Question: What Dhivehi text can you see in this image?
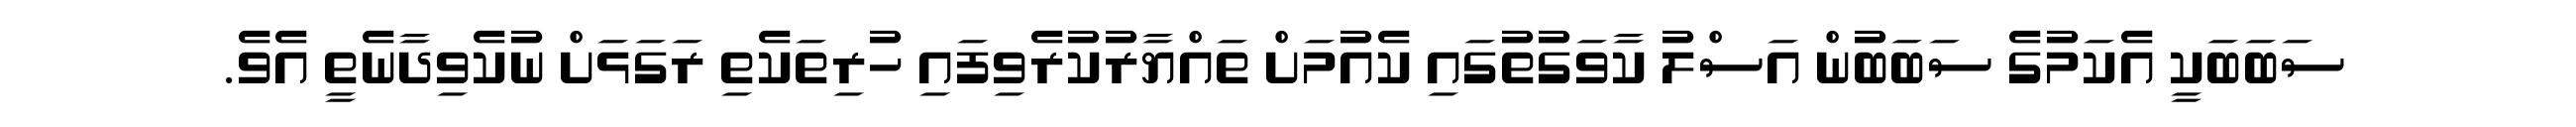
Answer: ސަބަބަކީ އެކަމުގެ ސަބަބުން އަސްލު ކާވަގުތުގައި ކެއުމަށް ތައްޔާރުކުރެވިފައި ހުރިތަކެތި ރަގަޅަށް ނުކެވިދާނެތީ އެވެ.